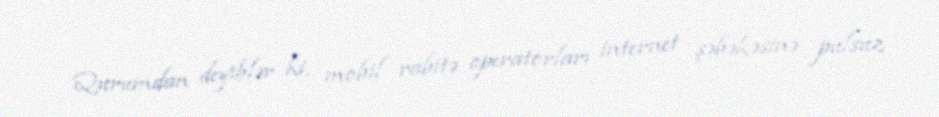
Qurumdan deyiblər ki, mobil rabitə operatorları internet şəbəkəsinə pulsuz